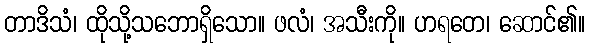
တာဒိသံ၊ ထိုသို့သဘောရှိသော။ ဖလံ၊ အသီးကို။ ဟရတေ၊ ဆောင်၏။